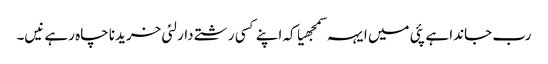
رب جاندا ہے پئی میں ایہہ سمجھیا کہ اپنے کسی رشتے دار لئی خریدنا چاہ رہے نیں۔